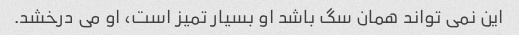
این نمی تواند همان سگ باشد او بسیار تمیز است، او می درخشد.